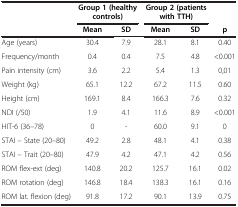
<table><thead><tr><td><b> </b></td><td colspan="2"><b>Group 1 (healthy controls)</b></td><td colspan="2"><b>Group 2 (patients with TTH)</b></td><td><b> </b></td></tr><tr><td><b> </b></td><td><b>Mean</b></td><td><b>SD</b></td><td><b>Mean</b></td><td><b>SD</b></td><td><b>p</b></td></tr></thead><tbody><tr><td>Age (years)</td><td>30.4</td><td>7.9</td><td>28.1</td><td>8.1</td><td>0.40</td></tr><tr><td>Frequency/month</td><td>0.4</td><td>0.4</td><td>7.5</td><td>4.8</td><td>&lt;0.001</td></tr><tr><td>Pain intensity (cm)</td><td>3.6</td><td>2.2</td><td>5.4</td><td>1.3</td><td>0,01</td></tr><tr><td>Weight (kg)</td><td>65.1</td><td>12.2</td><td>67.2</td><td>11.5</td><td>0.60</td></tr><tr><td>Height (cm)</td><td>169.1</td><td>8.4</td><td>166.3</td><td>7.6</td><td>0.32</td></tr><tr><td>NDI (/50)</td><td>1.9</td><td>4.1</td><td>11.6</td><td>8.9</td><td>&lt;0.001</td></tr><tr><td>HIT-6 (36–78)</td><td>0</td><td>-</td><td>60.0</td><td>9.1</td><td>0</td></tr><tr><td>STAI – State (20–80)</td><td>49.2</td><td>2.8</td><td>48.1</td><td>4.1</td><td>0.38</td></tr><tr><td>STAI – Trait (20–80)</td><td>47.9</td><td>4.2</td><td>47.1</td><td>4.2</td><td>0.56</td></tr><tr><td>ROM flex-ext (deg)</td><td>140.8</td><td>20.2</td><td>125.7</td><td>16.1</td><td>0.02</td></tr><tr><td>ROM rotation (deg)</td><td>146.8</td><td>18.4</td><td>138.3</td><td>16.1</td><td>0.16</td></tr><tr><td>ROM lat. flexion (deg)</td><td>91.8</td><td>17.2</td><td>90.1</td><td>13.9</td><td>0.75</td></tr></tbody></table>